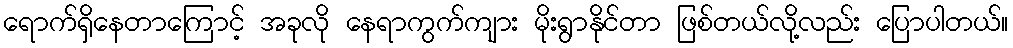
ရောက်ရှိနေတာကြောင့် အခုလို နေရာကွက်ကျား မိုးရွာနိုင်တာ ဖြစ်တယ်လို့လည်း ပြောပါတယ်။